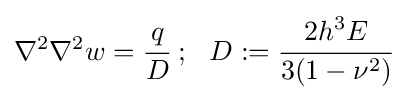
\nabla ^{2}\nabla ^{2}w={\cfrac {q}{D}}~;~~D:={\cfrac {2h^{3}E}{3(1-\nu ^{2})}}